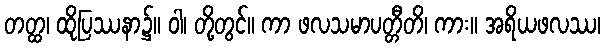
တတ္ထ၊ ထိုပြဿနာ၌။ ဝါ၊ တို့တွင်။ ကာ ဖလသမာပတ္တီတိ၊ ကား။ အရိယဖလဿ၊